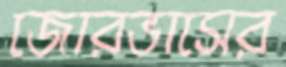
জোরভাসের